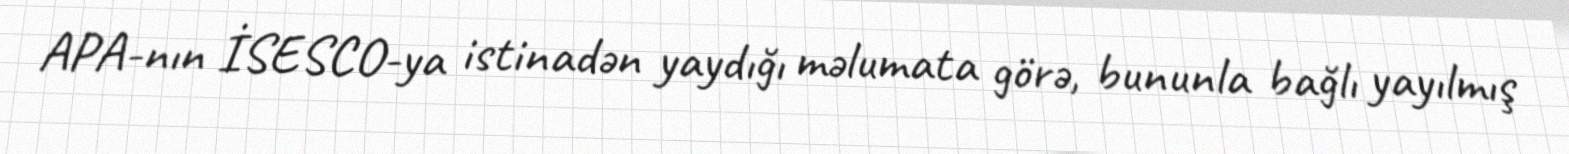
APA-nın İSESCO-ya istinadən yaydığı məlumata görə, bununla bağlı yayılmış